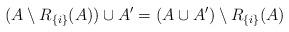
LaTeX: \begin{align*}(A\setminus R_{\{i\}}(A))\cup A'=(A\cup A')\setminus R_{\{i\}}(A)\end{align*}